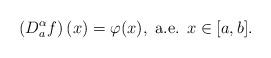
LaTeX: \begin{align*}\left(D_a^\alpha f\right)(x)=\varphi(x),\mbox{ a.e. } x\in [a,b].\end{align*}